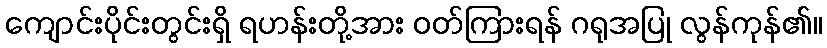
ကျောင်းပိုင်းတွင်းရှိ ရဟန်းတို့အား ဝတ်ကြားရန် ဂရုအပြု လွန်ကုန်၏။